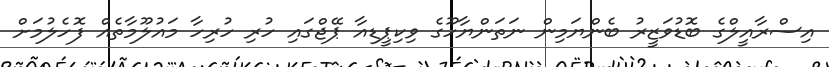
އިސްރާއީލްގެ ބޮޑުވަޒީރު ބެންޔަމިން ނަތަންޔާހޫގެ ވިކިޕީޑިއާ ޕޭޖްގައި ހުރި ހުރިހާ މައުލޫމާތެއް ފޮހެލުމަށް